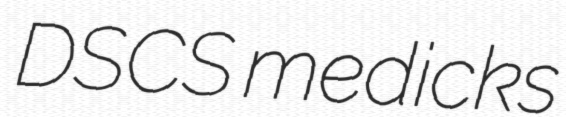
DSCS medicks